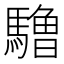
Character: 𱄱